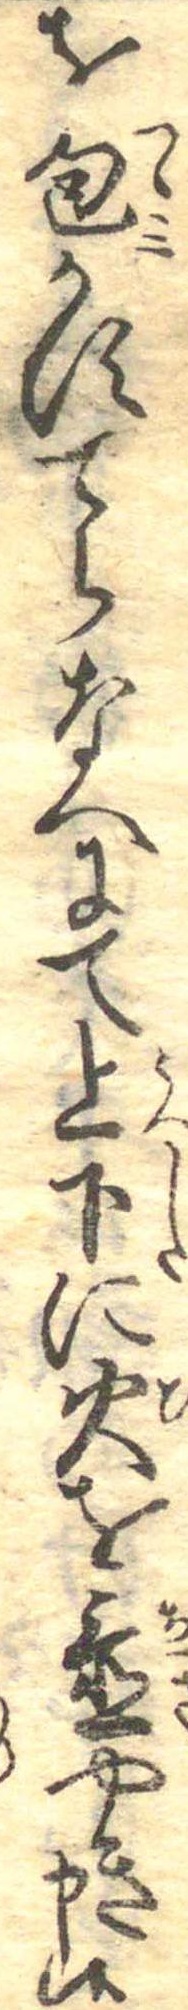
を包かすてらなへにて上下に火を置やき申候